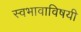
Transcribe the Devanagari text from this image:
स्वभावाविषयी